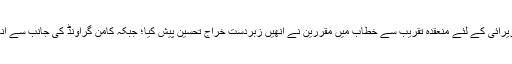
استاد دلشاد کے اس پچاس سالہ فن کی پزیرائی کے لئے منعقدہ تقریب سے خطاب میں مقررین نے انھیں زبردست خراج تحسین پیش کیا؛ جبکہ کامن گراونڈ کی جانب سے انھیں خصوصی ایوارڈ سے بھی نوازا گیا۔